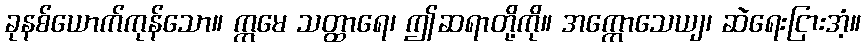
ခုနစ်ယောက်ကုန်သော။ ဣမေ သတ္ထာရေ၊ ဤဆရာတို့ကို။ အက္ကောသေယျ၊ ဆဲရေးငြားအံ့။